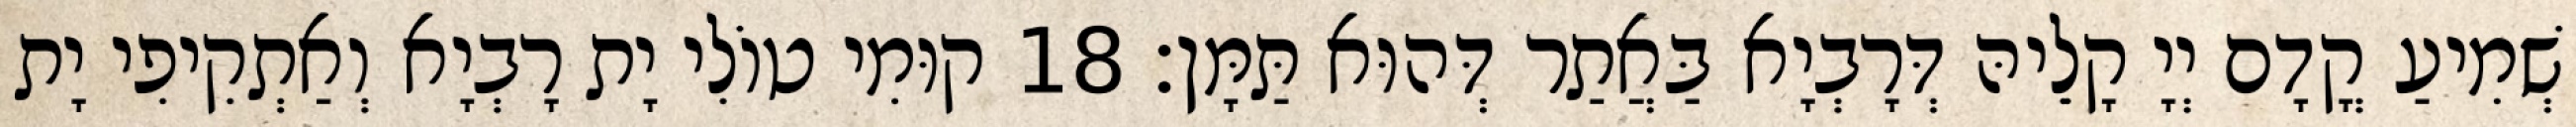
שְׁמִיעַ קֳדָם יְיָ קָלֵיהּ דְּרָבְיָא בַּאֲתַר דְּהוּא תַּמָּן׃ 18 קוּמִי טוֹלִי יָת רָבְיָא וְאַתְקִיפִי יָת